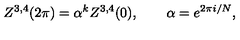
Z ^ { 3 , 4 } ( 2 \pi ) = \alpha ^ { k } Z ^ { 3 , 4 } ( 0 ) , \qquad \alpha = e ^ { 2 \pi i / N } ,